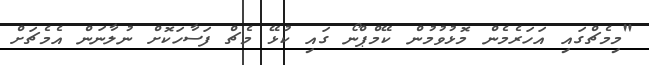
"މިމެޗްގައި އަހަރެމެން މޮޅުވުމުން ކޭމްޕްނޯ ގައި ކުޅޭ މެޗް ފަސާހަކޮށް ނުލާނަން އެމެޗަށް